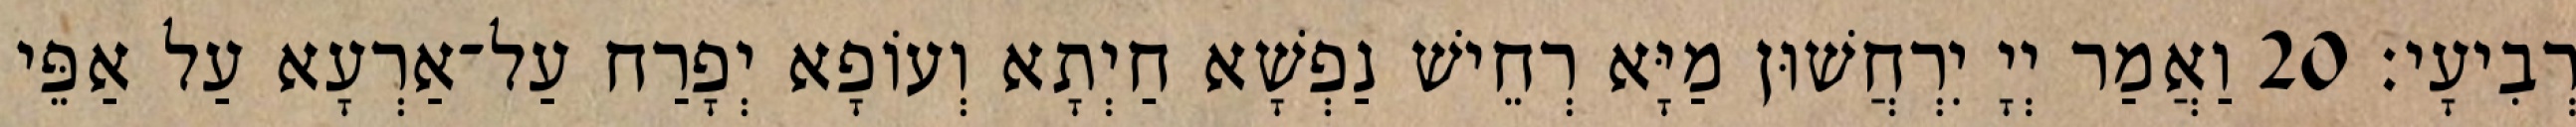
רְבִיעָי׃ 20 וַאֲמַר יְיָ יִרְחֲשׁוּן מַיָּא רְחֵישׁ נַפְשָׁא חַיְתָא וְעוֹפָא יְפָרַח עַל־אַרְעָא עַל אַפֵּי